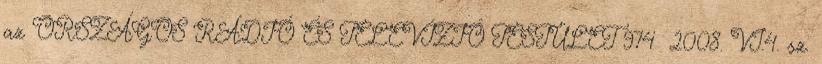
az ORSZÁGOS RÁDIÓ ÉS TELEVÍZIÓ TESTÜLET 974 2008. VI.4. sz.